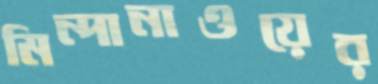
মিন্দানাওয়ের